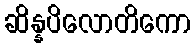
ဆိန္နပိလောတိကော